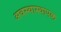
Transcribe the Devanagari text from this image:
अवस्थास्थापक